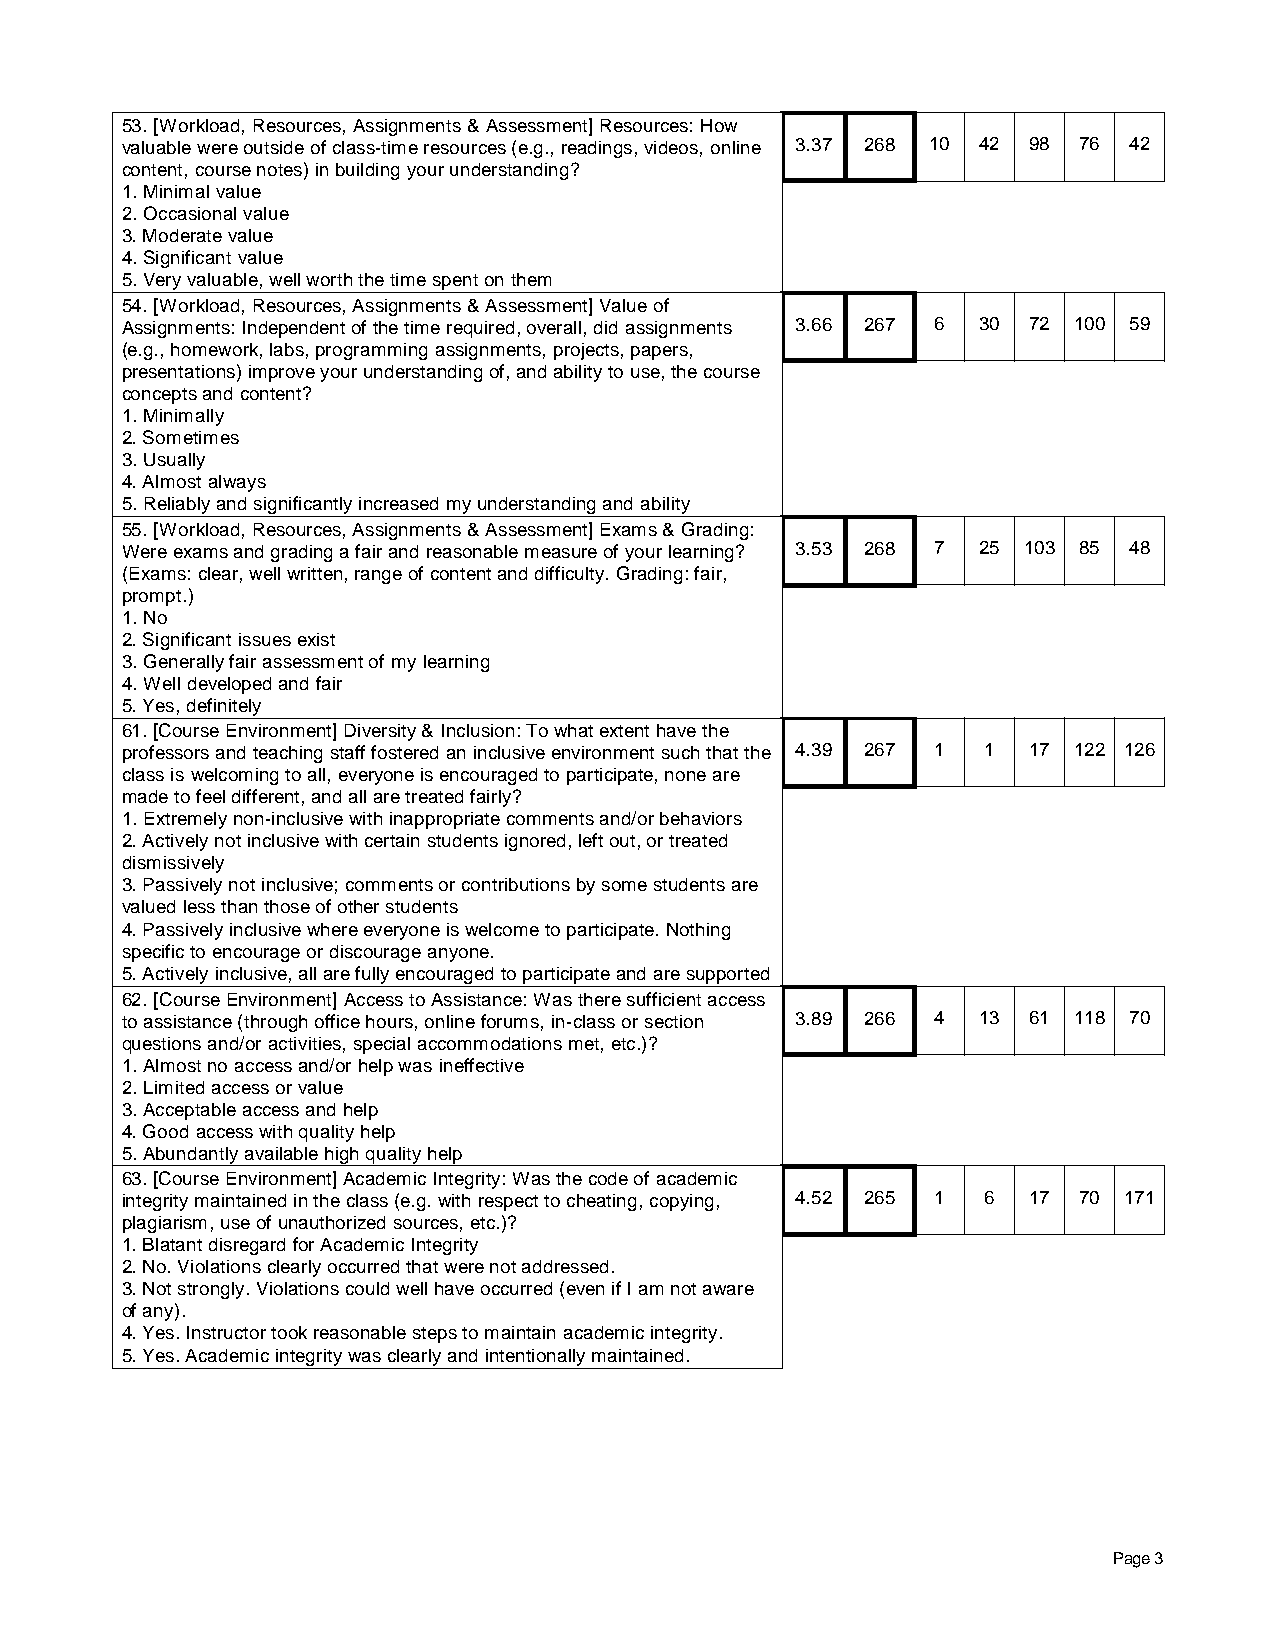
53. [Workload, Resources, Assignments & Assessment] Resources: How
 valuable were outside of class-time resources (e.g., readings, videos, online 3.37 268 10 42 98 76 42
 content, course notes) in building your understanding?
 1. Minimal value
 2. Occasional value
 3. Moderate value
 4. Significant value
 5. Very valuable, well worth the time spent on them
 54. [Workload, Resources, Assignments & Assessment] Value of
 Assignments: Independent of the time required, overall, did assignments 3.66 267 6 30 72 100 59
 (e.g., homework, labs, programming assignments, projects, papers,
 presentations) improve your understanding of, and ability to use, the course
 concepts and content?
 1. Minimally
 2. Sometimes
 3. Usually
 4. Almost always
 5. Reliably and significantly increased my understanding and ability
 55. [Workload, Resources, Assignments & Assessment] Exams & Grading:
 Were exams and grading a fair and reasonable measure of your learning? 3.53 268 7 25 103 85 48
 (Exams: clear, well written, range of content and difficulty. Grading: fair,
 prompt.)
 1. No
 2. Significant issues exist
 3. Generally fair assessment of my learning
 4. Well developed and fair
 5. Yes, definitely
 61. [Course Environment] Diversity & Inclusion: To what extent have the
 professors and teaching staff fostered an inclusive environment such that the 4.39 267 1 1 17 122 126
 class is welcoming to all, everyone is encouraged to participate, none are
 made to feel different, and all are treated fairly?
 1. Extremely non-inclusive with inappropriate comments and/or behaviors
 2. Actively not inclusive with certain students ignored, left out, or treated
 dismissively
 3. Passively not inclusive; comments or contributions by some students are
 valued less than those of other students
 4. Passively inclusive where everyone is welcome to participate. Nothing
 specific to encourage or discourage anyone.
 5. Actively inclusive, all are fully encouraged to participate and are supported
 62. [Course Environment] Access to Assistance: Was there sufficient access
 to assistance (through office hours, online forums, in-class or section 3.89 266 4 13 61 118 70
 questions and/or activities, special accommodations met, etc.)?
 1. Almost no access and/or help was ineffective
 2. Limited access or value
 3. Acceptable access and help
 4. Good access with quality help
 5. Abundantly available high quality help
 63. [Course Environment] Academic Integrity: Was the code of academic
 integrity maintained in the class (e.g. with respect to cheating, copying, 4.52 265 1 6 17 70 171
 plagiarism, use of unauthorized sources, etc.)?
 1. Blatant disregard for Academic Integrity
 2. No. Violations clearly occurred that were not addressed.
 3. Not strongly. Violations could well have occurred (even if I am not aware
 of any).
 4. Yes. Instructor took reasonable steps to maintain academic integrity.
 5. Yes. Academic integrity was clearly and intentionally maintained.
 Page 3